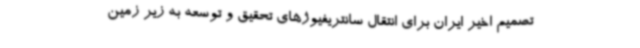
تصمیم اخیر ایران برای انتقال سانتریفیوژهای تحقیق و توسعه به زیر زمین